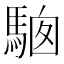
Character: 𩣢